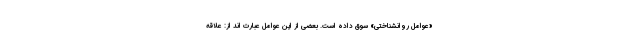
«عوامل روانشناختی» سوق داده است. بعضی از این عوامل عبارت اند از: علاقه